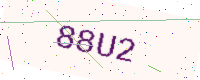
Text: 88U2